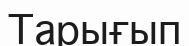
Тарығып